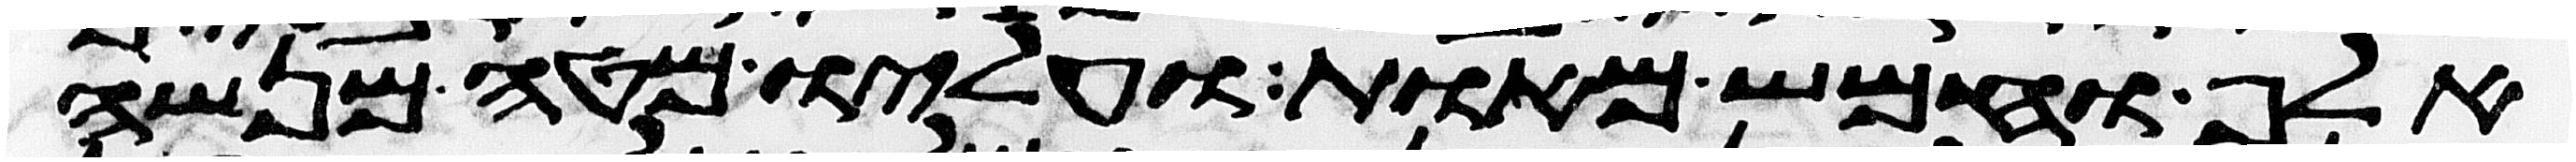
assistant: אלף וחמש מאות ועליו מטה מנשה